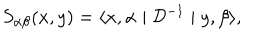
S _ { \alpha \beta } ( x , y ) = \langle x , \alpha \mid { \mathcal D } ^ { - 1 } \mid y , \beta \rangle ,